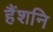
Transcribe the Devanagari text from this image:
हैंशनि